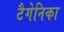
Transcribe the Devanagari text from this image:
टैगेनिका